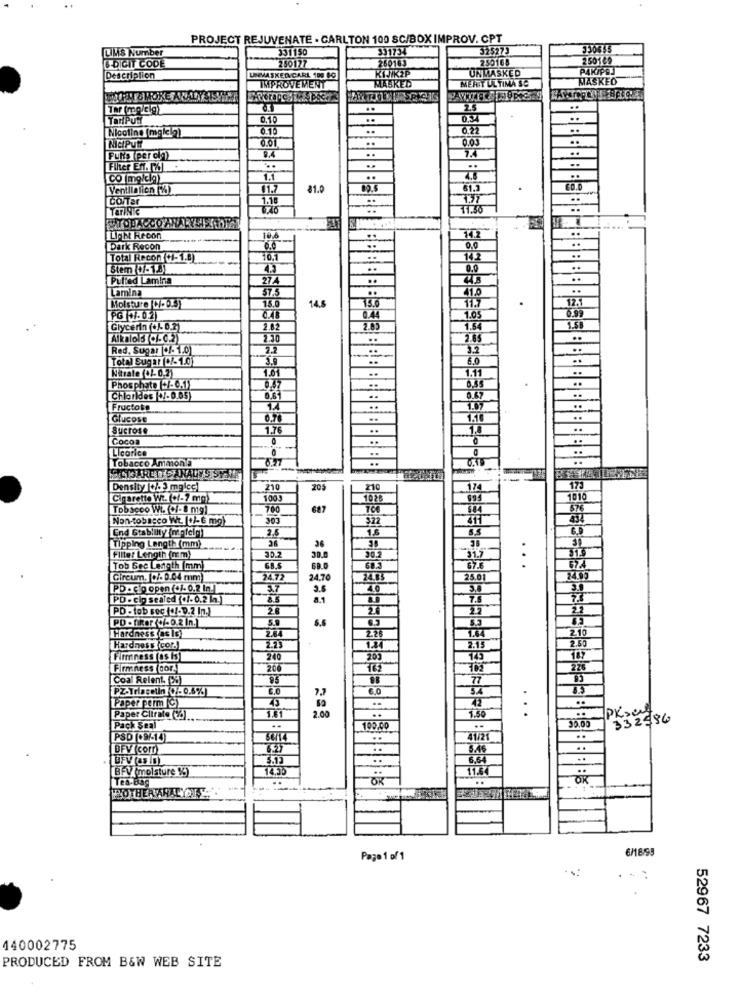
PROJECT REJUVENATE - CARLTON 100 SC/BOX IMPROV. CPT
LIMS Number
331150
391734
330635
& DIGIT CODE
250177
260163
250168
250169
KIJK2P
UNMASKED
PAK/PE
Description
UNMASKEDCARL 100 8-0
MASKEO
IMPROVEMENT
MASKED
MEATT UL TIMA SC
Tar (mo/cig)
..
2.5
..
TariPUM
0,19
0,34
Nicoline (mgkela)
0.22
..
NicIPUR
..
0.03
Puits (per cia)
..
Filer En. [&
Comolela)
1.1
Ventilation (%)
81.0
60.0
CO/Tar
1.10
11.30
ERTOBACCOY
BBBBBBBB 88 8
LIAM Recon
10.0
Dark Recon
Total Recon +/-1.8)
10,1
Stem (7-18)
Puffed Lamina
Lamina
57.5
14.5
15.0
11.7
12.
Moisture C.O.
15.0
PG +/-0.2)
1.05
Glycerin (+)-0.2)
2.82
2.83
1.54
Alkalo 3 /-0.2)
2.30
Red, Sugar |+/- 1.0)
Total Sugar(+/- 1.0)
6.0
Narate (+/- 0.2)
1.01
1.1
Phosphate (+/- 0.1)
0,37
Chlorides 1-0.05
1.47
Fructose
1.87
Glucose
0.70
Sucrose
1.76
..
18
Cocoa
0
Licorice
Tobacco Ammon @
0.11
BBBBBBBB8 BBBBBBE SE BBBBBBBBBBBB
BBBBBBBEI BBBBBBBBBBBB
LAGARETTE ANALYSISY
Density |ok. 3 mgicc)
210
205
210
174
171
Cigarette Wi. (+/-2 mg)
1028
1010
Tobacco Wi. (+/-8 mg]
687
Non-tobacco Wt. (+/-6 mg)
303
922
2.5
End Stability (m. felg)
Tipping Length (mm)
z"ce
36
.
Filter Length (mm)
30.0
31.9
.
Tob Sec Length (mm
69.0
674
Circum. +/- 0.04 mm
4.77
24.70
24.03
25.01
PD - cio open (+/- 0.2 In!
3.7
3.6
PD - cio seated (+/-0.2 In.]
8.5
8.1
PD - tob sec (+/-0.2 In.)
PD - fiRef+/-0.2 In.]
5.9
Hardness (os Is)
2.10
2.84
1.44
Hardness(cor.
2.2
2.15
2.65
Firmness (as Is)
210
Ta7
Firmness cor.
200
762
Coal Relent. [%]
77
PZ-Trlacetin 7-0.5%)
6.0
6.0
Paper perm (C)
75
...
Paper Clirato (d) ...
1.81
2.00
1.50
332586
Pack Seal
100,00
30.0
PSD (+9/-14
41/21
BFV (corr)
[BFV(moisture %)
Tea.Bag
61859
Page 1 of 1
440002775
52967 7233
PRODUCED FROM B&W WEB SITE